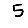
Digit: 5